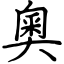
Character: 奧